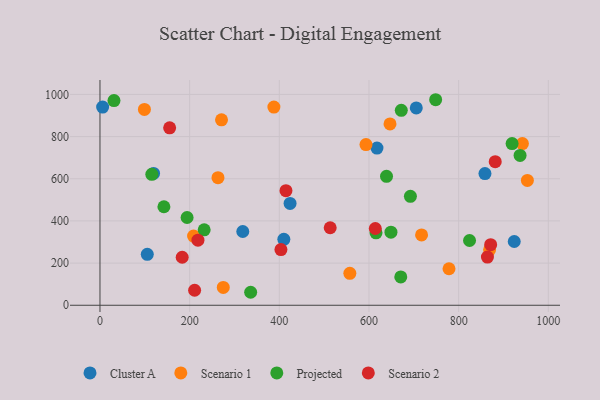
{"axis": {"x": "Investment", "y": "Salary"}, "legend": ["Cluster A", "Projected", "Scenario 1", "Scenario 2"], "data": [{"x": "5.9", "y": 940.1, "type": "Cluster A"}, {"x": "858.7", "y": 624.5, "type": "Cluster A"}, {"x": "424.0", "y": 483.2, "type": "Cluster A"}, {"x": "705.5", "y": 935.9, "type": "Cluster A"}, {"x": "410.1", "y": 312.6, "type": "Cluster A"}, {"x": "318.5", "y": 349.8, "type": "Cluster A"}, {"x": "119.5", "y": 625.5, "type": "Cluster A"}, {"x": "924.0", "y": 302.4, "type": "Cluster A"}, {"x": "105.5", "y": 241.5, "type": "Cluster A"}, {"x": "617.8", "y": 745.5, "type": "Cluster A"}, {"x": "99.1", "y": 928.7, "type": "Scenario 1"}, {"x": "387.9", "y": 939.9, "type": "Scenario 1"}, {"x": "869.0", "y": 262.8, "type": "Scenario 1"}, {"x": "263.2", "y": 605.1, "type": "Scenario 1"}, {"x": "557.3", "y": 151.5, "type": "Scenario 1"}, {"x": "208.8", "y": 328.2, "type": "Scenario 1"}, {"x": "593.3", "y": 762.2, "type": "Scenario 1"}, {"x": "646.9", "y": 860.1, "type": "Scenario 1"}, {"x": "953.3", "y": 592.3, "type": "Scenario 1"}, {"x": "271.1", "y": 879.4, "type": "Scenario 1"}, {"x": "942.2", "y": 766.8, "type": "Scenario 1"}, {"x": "717.3", "y": 333.8, "type": "Scenario 1"}, {"x": "778.5", "y": 173.2, "type": "Scenario 1"}, {"x": "275.0", "y": 84.7, "type": "Scenario 1"}, {"x": "824.3", "y": 307.1, "type": "Projected"}, {"x": "115.6", "y": 621.1, "type": "Projected"}, {"x": "31.2", "y": 971.1, "type": "Projected"}, {"x": "919.2", "y": 767.0, "type": "Projected"}, {"x": "649.0", "y": 346.8, "type": "Projected"}, {"x": "748.7", "y": 974.9, "type": "Projected"}, {"x": "194.3", "y": 416.3, "type": "Projected"}, {"x": "232.4", "y": 357.9, "type": "Projected"}, {"x": "639.1", "y": 611.8, "type": "Projected"}, {"x": "142.6", "y": 467.2, "type": "Projected"}, {"x": "937.0", "y": 710.9, "type": "Projected"}, {"x": "615.7", "y": 343.6, "type": "Projected"}, {"x": "670.9", "y": 134.2, "type": "Projected"}, {"x": "336.1", "y": 61.6, "type": "Projected"}, {"x": "692.4", "y": 516.8, "type": "Projected"}, {"x": "672.1", "y": 924.7, "type": "Projected"}, {"x": "218.5", "y": 308.5, "type": "Scenario 2"}, {"x": "881.6", "y": 681.2, "type": "Scenario 2"}, {"x": "155.4", "y": 841.7, "type": "Scenario 2"}, {"x": "183.4", "y": 227.7, "type": "Scenario 2"}, {"x": "864.2", "y": 228.4, "type": "Scenario 2"}, {"x": "211.1", "y": 71.1, "type": "Scenario 2"}, {"x": "414.8", "y": 543.5, "type": "Scenario 2"}, {"x": "513.5", "y": 367.7, "type": "Scenario 2"}, {"x": "403.6", "y": 263.9, "type": "Scenario 2"}, {"x": "871.4", "y": 287.2, "type": "Scenario 2"}, {"x": "614.1", "y": 364.2, "type": "Scenario 2"}]}